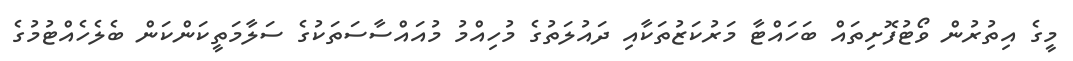
މީގެ އިތުރުން ވޯޓުފޮށިތައް ބަހައްޓާ މަރުކަޒުތަކާއި ދައުލަތުގެ މުހިއްމު މުއައްސާސަތަކުގެ ސަލާމަތީކަންކަން ބެލެހެއްޓުމުގެ